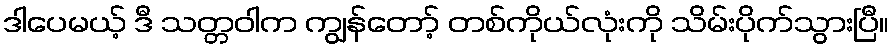
ဒါပေမယ့် ဒီ သတ္တဝါက ကျွန်တော့် တစ်ကိုယ်လုံးကို သိမ်းပိုက်သွားပြီ။